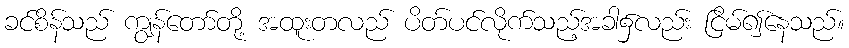
ခင်စိန်သည် ကျွန်တော်တို့ အထူးတလည် ပိတ်ပင်လိုက်သည့်အခါ၌လည်း ငြိမ်၍နေသည်။